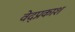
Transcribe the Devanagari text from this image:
वेद्प्रकाश